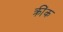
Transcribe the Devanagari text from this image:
क्रींक